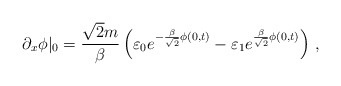
\begin{align*}\partial_{x}\phi|_{0}=\frac{\sqrt{2}m}{\beta}\left(\varepsilon_{0}e^{-\frac{\beta}{\sqrt{2}}\phi(0,t)}-\varepsilon_{1}e^{\frac{\beta}{\sqrt{2}}\phi(0,t)}\right)\,,\end{align*}